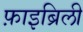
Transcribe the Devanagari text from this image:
फ़ाइब्रिली